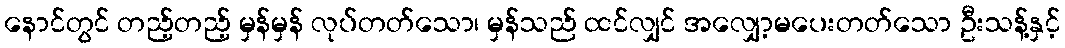
နောင်တွင် တည့်တည့် မှန်မှန် လုပ်တတ်သော၊ မှန်သည် ထင်လျှင် အလျှော့မပေးတတ်သော ဦးသန့်နှင့်